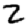
Digit: 2